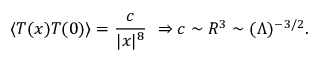
\langle T ( x ) T ( 0 ) \rangle = { \frac { c } { | x | ^ { 8 } } } \, \, \Rightarrow c \sim R ^ { 3 } \sim ( \Lambda ) ^ { - 3 / 2 } .